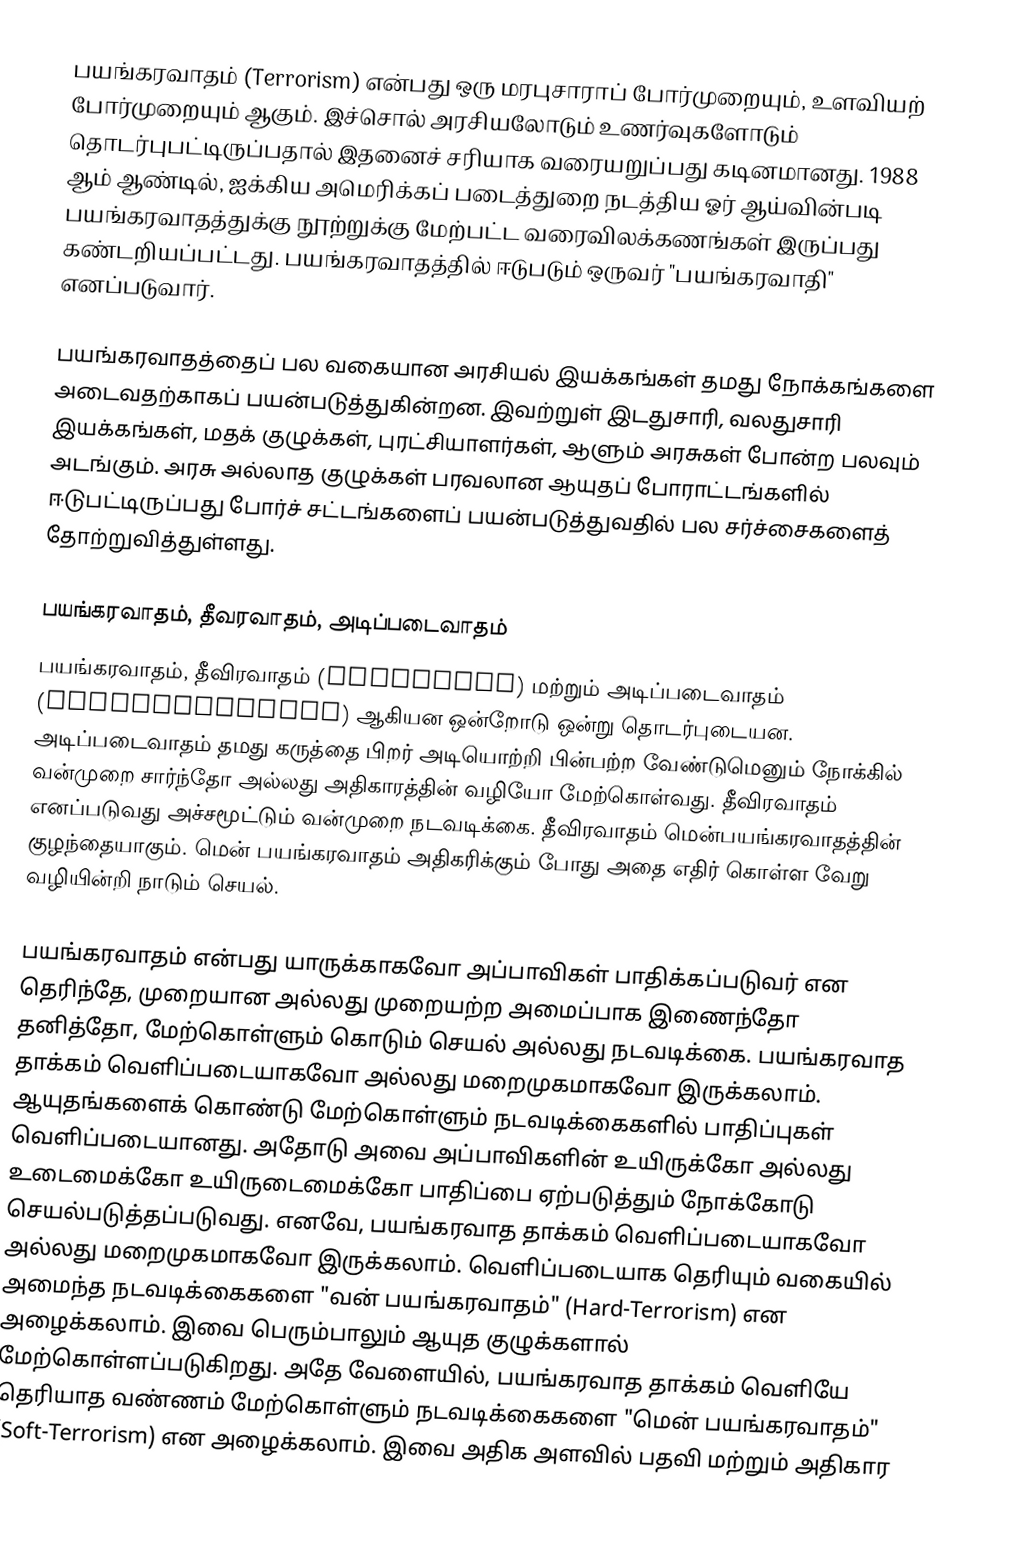
பயங்கரவாதம் (Terrorism) என்பது ஒரு மரபுசாராப் போர்முறையும், உளவியற் போர்முறையும் ஆகும். இச்சொல் அரசியலோடும் உணர்வுகளோடும் தொடர்புபட்டிருப்பதால் இதனைச் சரியாக வரையறுப்பது கடினமானது. 1988 ஆம் ஆண்டில், ஐக்கிய அமெரிக்கப் படைத்துறை நடத்திய ஓர் ஆய்வின்படி பயங்கரவாதத்துக்கு நூற்றுக்கு மேற்பட்ட வரைவிலக்கணங்கள் இருப்பது கண்டறியப்பட்டது. பயங்கரவாதத்தில் ஈடுபடும் ஒருவர் "பயங்கரவாதி" எனப்படுவார்.

பயங்கரவாதத்தைப் பல வகையான அரசியல் இயக்கங்கள் தமது நோக்கங்களை அடைவதற்காகப் பயன்படுத்துகின்றன. இவற்றுள் இடதுசாரி, வலதுசாரி இயக்கங்கள், மதக் குழுக்கள், புரட்சியாளர்கள், ஆளும் அரசுகள் போன்ற பலவும் அடங்கும். அரசு அல்லாத குழுக்கள் பரவலான ஆயுதப் போராட்டங்களில் ஈடுபட்டிருப்பது போர்ச் சட்டங்களைப் பயன்படுத்துவதில் பல சர்ச்சைகளைத் தோற்றுவித்துள்ளது.

பயங்கரவாதம், தீவரவாதம், அடிப்படைவாதம்
பயங்கரவாதம், தீவிரவாதம் (Extremism) மற்றும் அடிப்படைவாதம் (Fundamentalism) ஆகியன ஒன்றோடு ஒன்று தொடர்புடையன. அடிப்படைவாதம் தமது கருத்தை பிறர் அடியொற்றி பின்பற்ற வேண்டுமெனும் நோக்கில் வன்முறை சார்ந்தோ அல்லது அதிகாரத்தின் வழியோ மேற்கொள்வது. தீவிரவாதம் எனப்படுவது அச்சமூட்டும் வன்முறை நடவடிக்கை. தீவிரவாதம் மென்பயங்கரவாதத்தின் குழந்தையாகும். மென் பயங்கரவாதம் அதிகரிக்கும் போது அதை எதிர் கொள்ள வேறு வழியின்றி நாடும் செயல்.

பயங்கரவாதம் என்பது யாருக்காகவோ அப்பாவிகள் பாதிக்கப்படுவர் என தெரிந்தே, முறையான அல்லது முறையற்ற அமைப்பாக இணைந்தோ தனித்தோ, மேற்கொள்ளும் கொடும் செயல் அல்லது நடவடிக்கை. பயங்கரவாத தாக்கம் வெளிப்படையாகவோ அல்லது மறைமுகமாகவோ இருக்கலாம். ஆயுதங்களைக் கொண்டு மேற்கொள்ளும் நடவடிக்கைகளில் பாதிப்புகள் வெளிப்படையானது. அதோடு அவை அப்பாவிகளின் உயிருக்கோ அல்லது உடைமைக்கோ உயிருடைமைக்கோ பாதிப்பை ஏற்படுத்தும் நோக்கோடு செயல்படுத்தப்படுவது. எனவே, பயங்கரவாத தாக்கம் வெளிப்படையாகவோ அல்லது மறைமுகமாகவோ இருக்கலாம். வெளிப்படையாக தெரியும் வகையில் அமைந்த நடவடிக்கைகளை "வன் பயங்கரவாதம்" (Hard-Terrorism) என அழைக்கலாம். இவை பெரும்பாலும் ஆயுத குழுக்களால் மேற்கொள்ளப்படுகிறது. அதே வேளையில், பயங்கரவாத தாக்கம் வெளியே தெரியாத வண்ணம் மேற்கொள்ளும் நடவடிக்கைகளை "மென் பயங்கரவாதம்" (Soft-Terrorism) என அழைக்கலாம். இவை அதிக அளவில் பதவி மற்றும் அதிகார